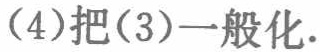
(4)把(3)一般化.